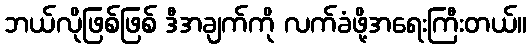
ဘယ်လိုဖြစ်ဖြစ် ဒီအချက်ကို လက်ခံဖို့အရေးကြီးတယ်။